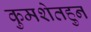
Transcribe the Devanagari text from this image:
कुमशेतहुन